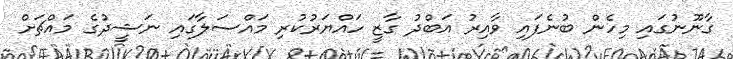
ގާނޫނުގައި މިހެން ބުނެފައި ވާއިރު އަބްދު ގާޒީ ހައްޔަރުކުރި މައްސަލާގައި ނަޝީދުގެ މައްޗަށް